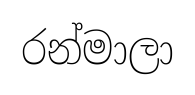
රන්මාලා